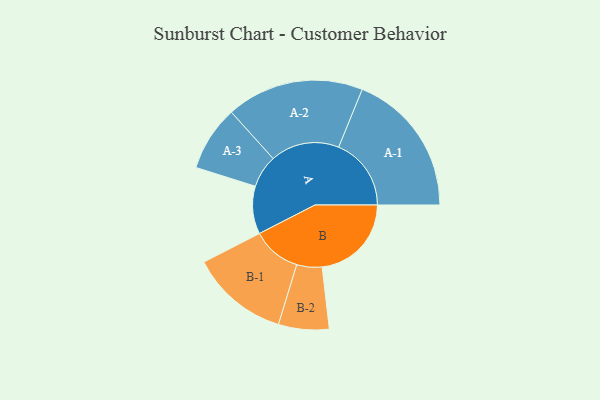
{"axis": {"x": "Segment", "y": "Value"}, "legend": ["", "A", "B"], "data": [{"x": "A", "y": 189, "type": ""}, {"x": "B", "y": 353, "type": ""}, {"x": "A-1", "y": 287, "type": "A"}, {"x": "A-2", "y": 272, "type": "A"}, {"x": "A-3", "y": 129, "type": "A"}, {"x": "B-1", "y": 194, "type": "B"}, {"x": "B-2", "y": 100, "type": "B"}]}